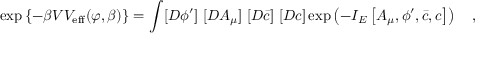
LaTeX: \exp \left\{ - \beta { \cal V } V _ { \mathrm { e f f } } ( \varphi , \beta ) \right\} = \int [ D \phi ^ { \prime } ] ~ [ D A _ { \mu } ] ~ [ D \bar { c } ] ~ [ D c ] \exp \left( - I _ { E } \left[ A _ { \mu } , \phi ^ { \prime } , \bar { c } , c \right] \right) ~ ~ ~ ,